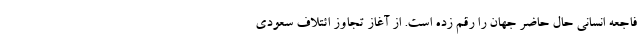
فاجعه‌ انسانی حال حاضر جهان را رقم زده است. از آغاز تجاوز ائتلاف سعودی